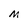
Character: M